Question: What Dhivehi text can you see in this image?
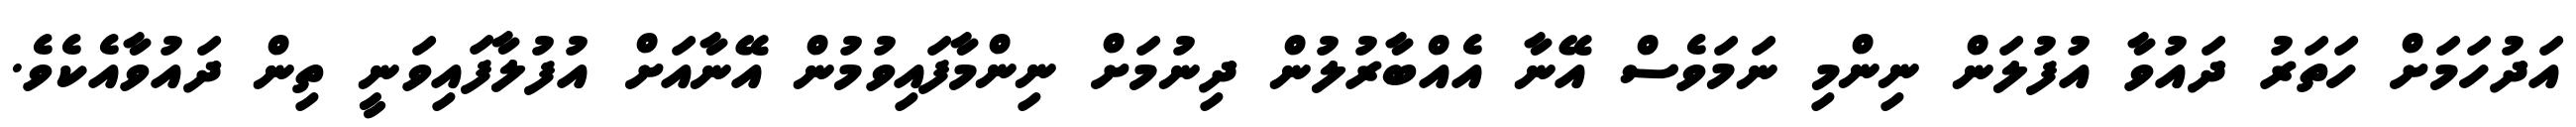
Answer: އަދުހަމަށް ހަތަރު ދައުވާ އުފުލަން ނިންމި ނަމަވެސް އޭނާ އެއްބާރުލުން ދިނުމަށް ނިންމާފައިވުމުން އޭނާއަށް އުފުލާފައިވަނީ ތިން ދައުވާއެކެވެ.